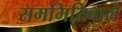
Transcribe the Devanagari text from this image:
सममितिवाले